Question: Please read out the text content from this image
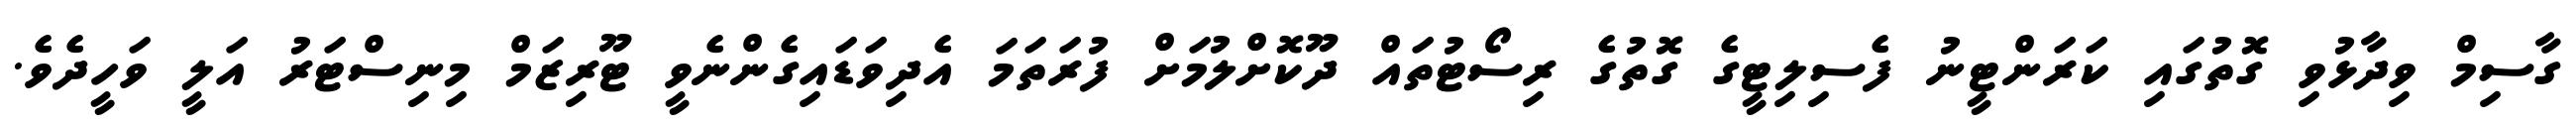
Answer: ގާސިމް ވިދާޅުވި ގޮތުގައި ކަރަންޓީނު ފެސިލިޓީގެ ގޮތުގެ ރިސޯޓުތައް ދޫކޮށްލުމަށް ފުރަތަމަ އެދިވަޑައިގެންނެވީ ޓޫރިޒަމް މިނިސްޓަރު އަލީ ވަހީދެވެ.